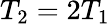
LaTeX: T_{2}=2T_{1}